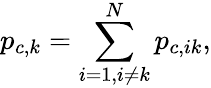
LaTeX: p_{c,k}=\sum_{i=1,i\neq k}^{N}p_{c,ik},